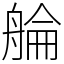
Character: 䑳